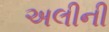
અલીની